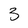
Character: 3